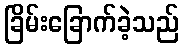
ခြိမ်းခြောက်ခဲ့သည်